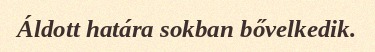
Áldott határa sokban bővelkedik.